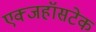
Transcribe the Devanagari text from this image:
एक्जहॉसटेक